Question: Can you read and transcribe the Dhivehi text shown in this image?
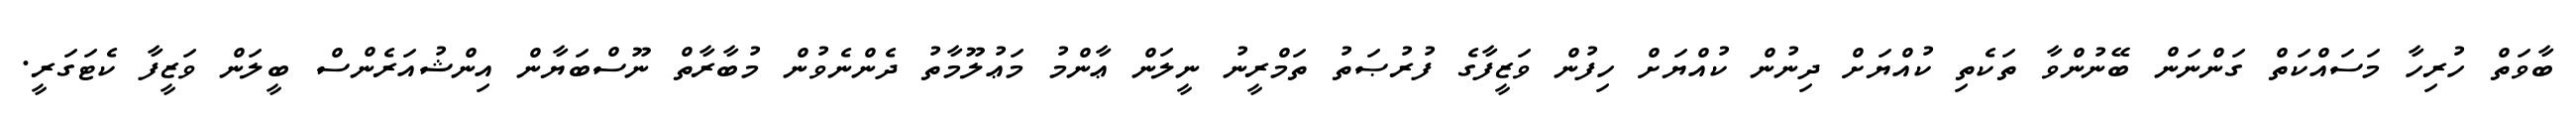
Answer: ބާވަތް ހުރިހާ މަސައްކަތް ގަންނަން ބޭނުންވާ ތަކެތި ކުއްޔަށް ދިނުން ކުއްޔަށް ހިފުން ވަޒީފާގެ ފުރުޞަތު ތަމްރީނު ނީލަން ޢާންމު މަޢުލޫމާތު ދެންނެވުން މުބާރާތް ނޫސްބަޔާން އިންޝުއަރެންސް ބީލަން ވަޒީފާ ކެޓަގަރީ.